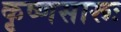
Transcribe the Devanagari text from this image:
कृष्‍णसारूः